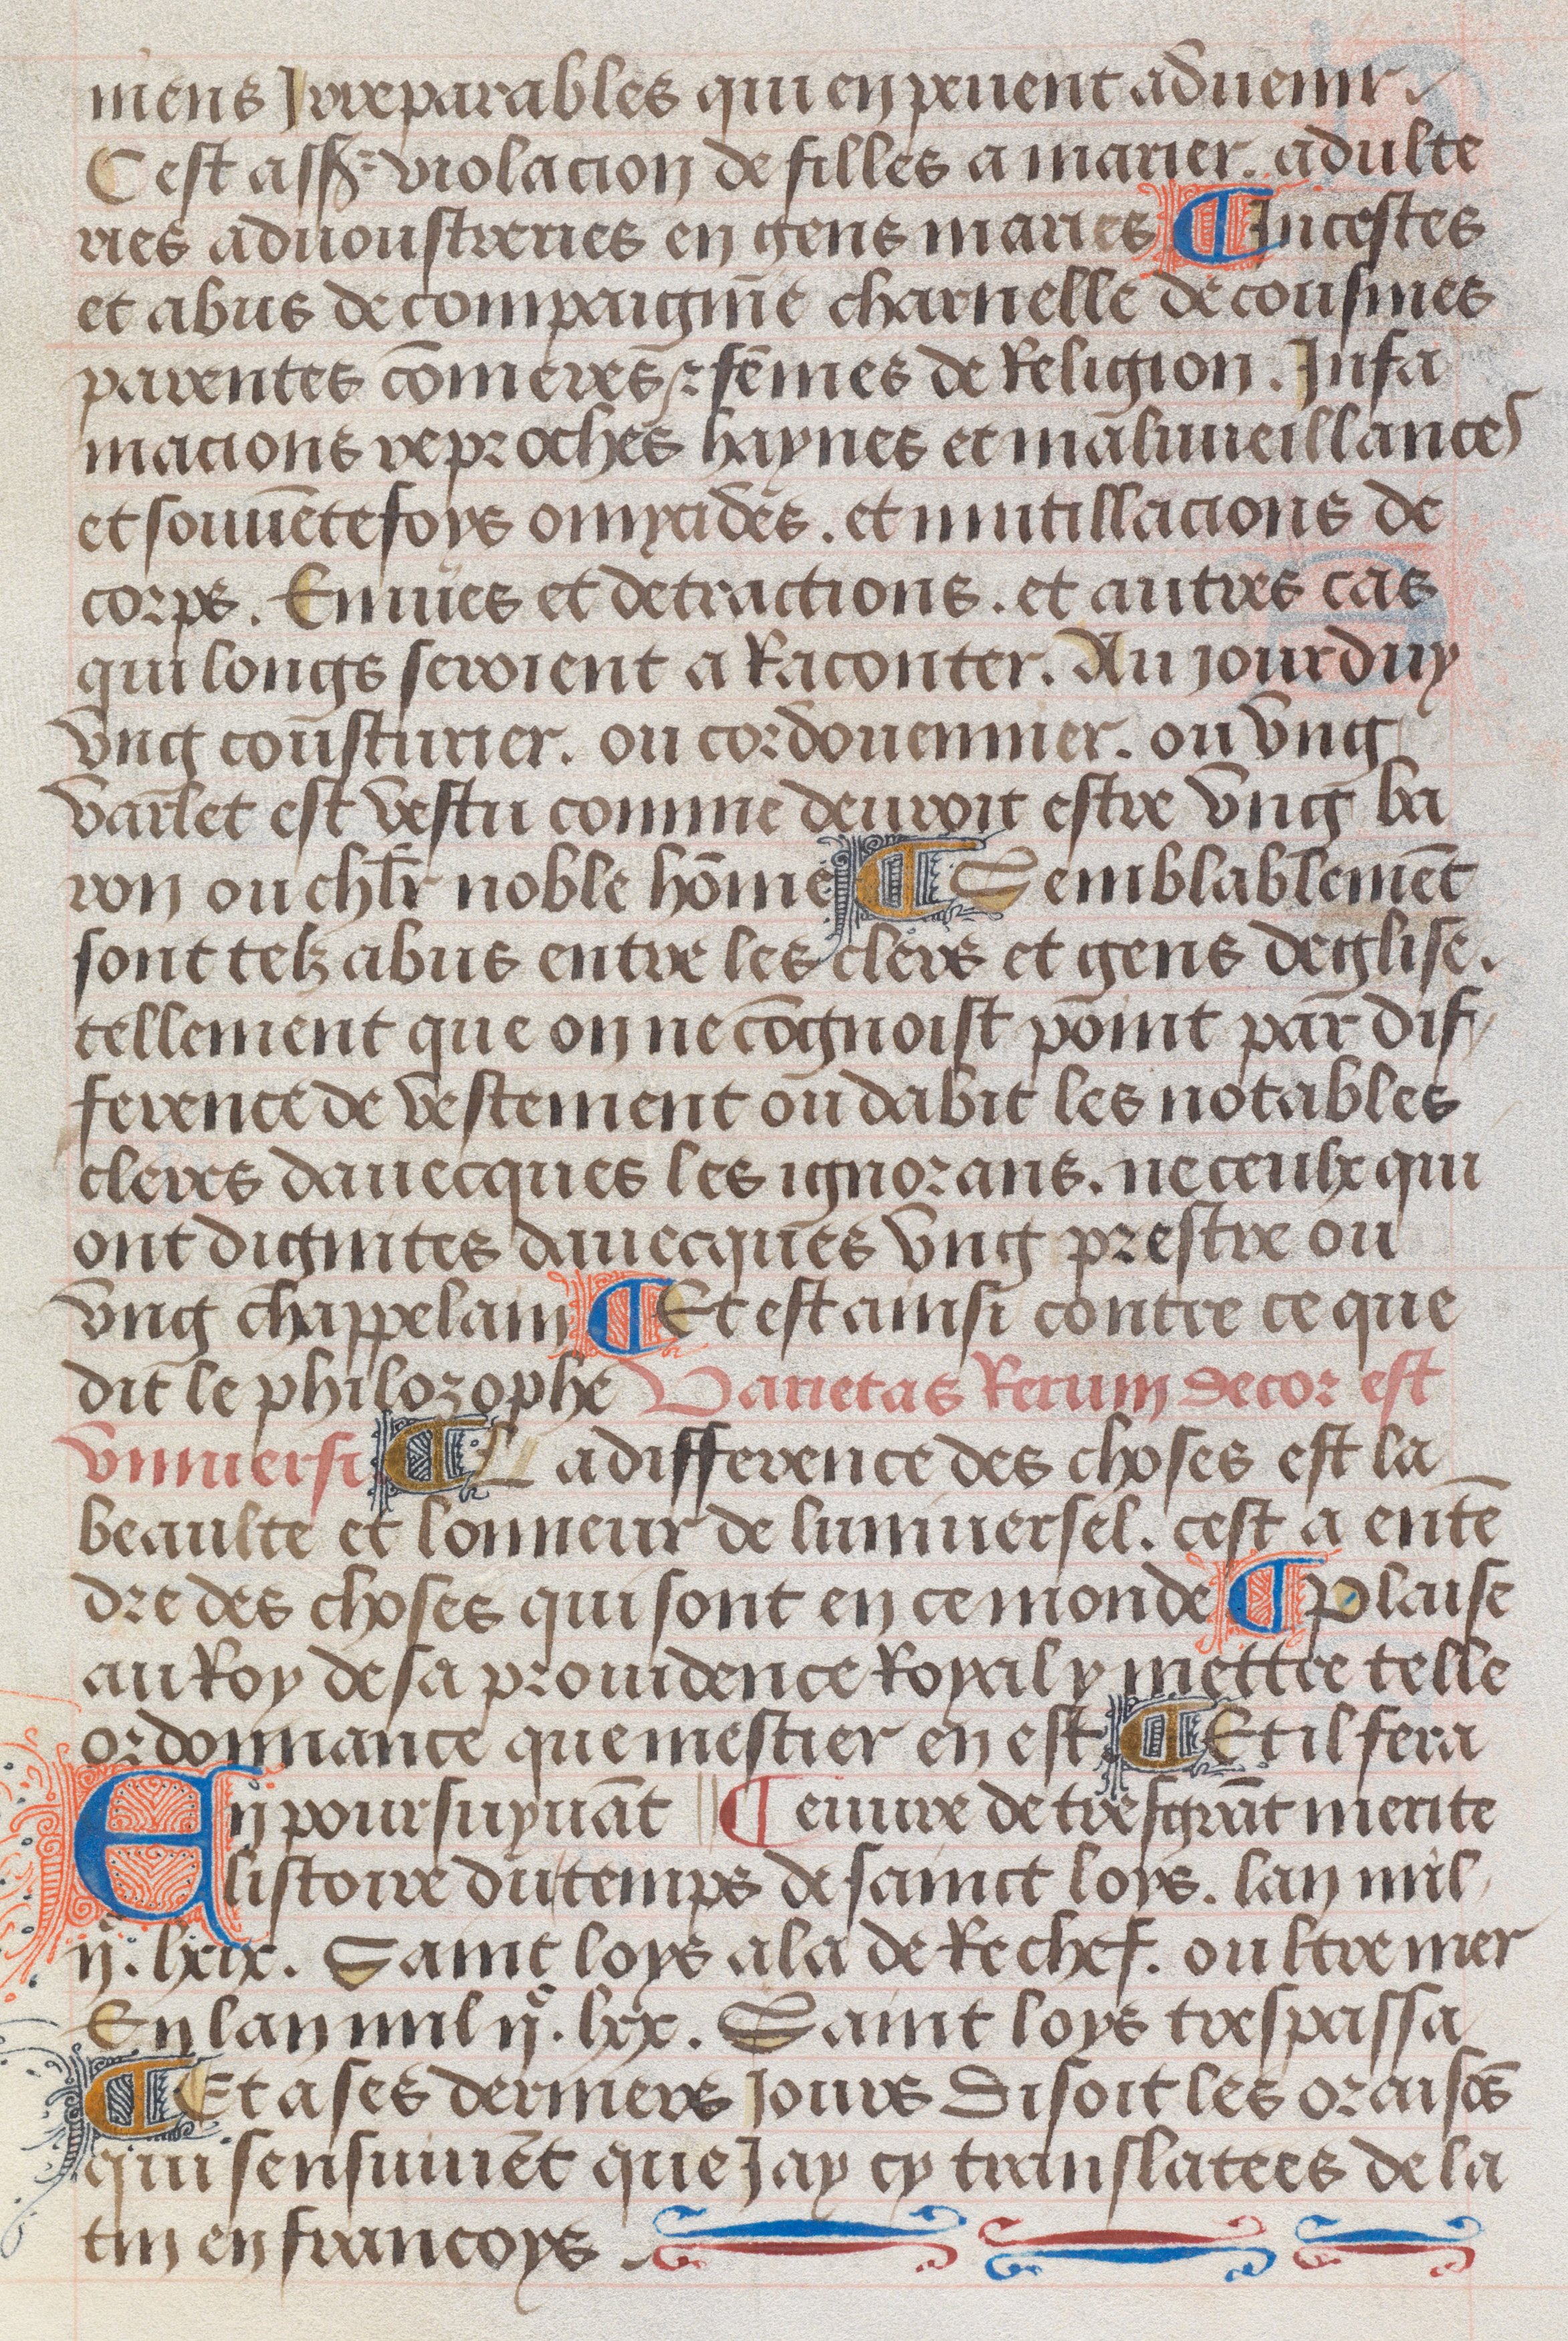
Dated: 1483–1503